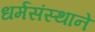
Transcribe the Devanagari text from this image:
धर्मसंस्थाने